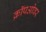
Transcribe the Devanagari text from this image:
क्रॉपओवर